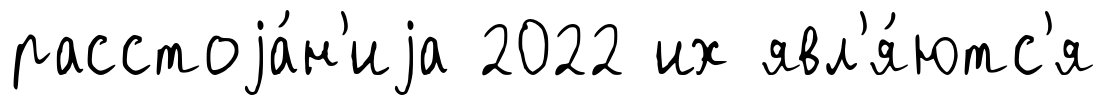
расстоjа́н'иjа 2022 их явл'я́ютс'я